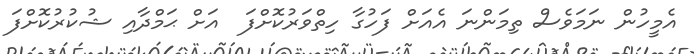
އެމީހުން ނަމަވެސް ތިމަންނަ އެއަށް ފަހުގާ ހިތްވަރުކޮށްފަ  އަށް ޙަމްދާއި ޝުކުރުކޮށްފަ